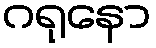
ဂရုနော